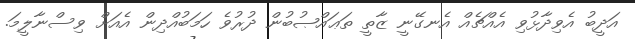
އަދީބު އެވިދާޅުވި އެއްޗެއް އެނގޭނީ ޒާތީ ތަޢައްޞުބުން ދުރުވެ ހަމަބުއްދިން އެއަށް ވިސްނާލީމަ.